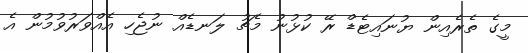
މީގެ ތެރެއިން ޔުނައިޓެޑް ރޭ ކުޅުނު މެޗު ލަނޑެއް ނުޖެހި އެއްވަރުވުމުން އެ